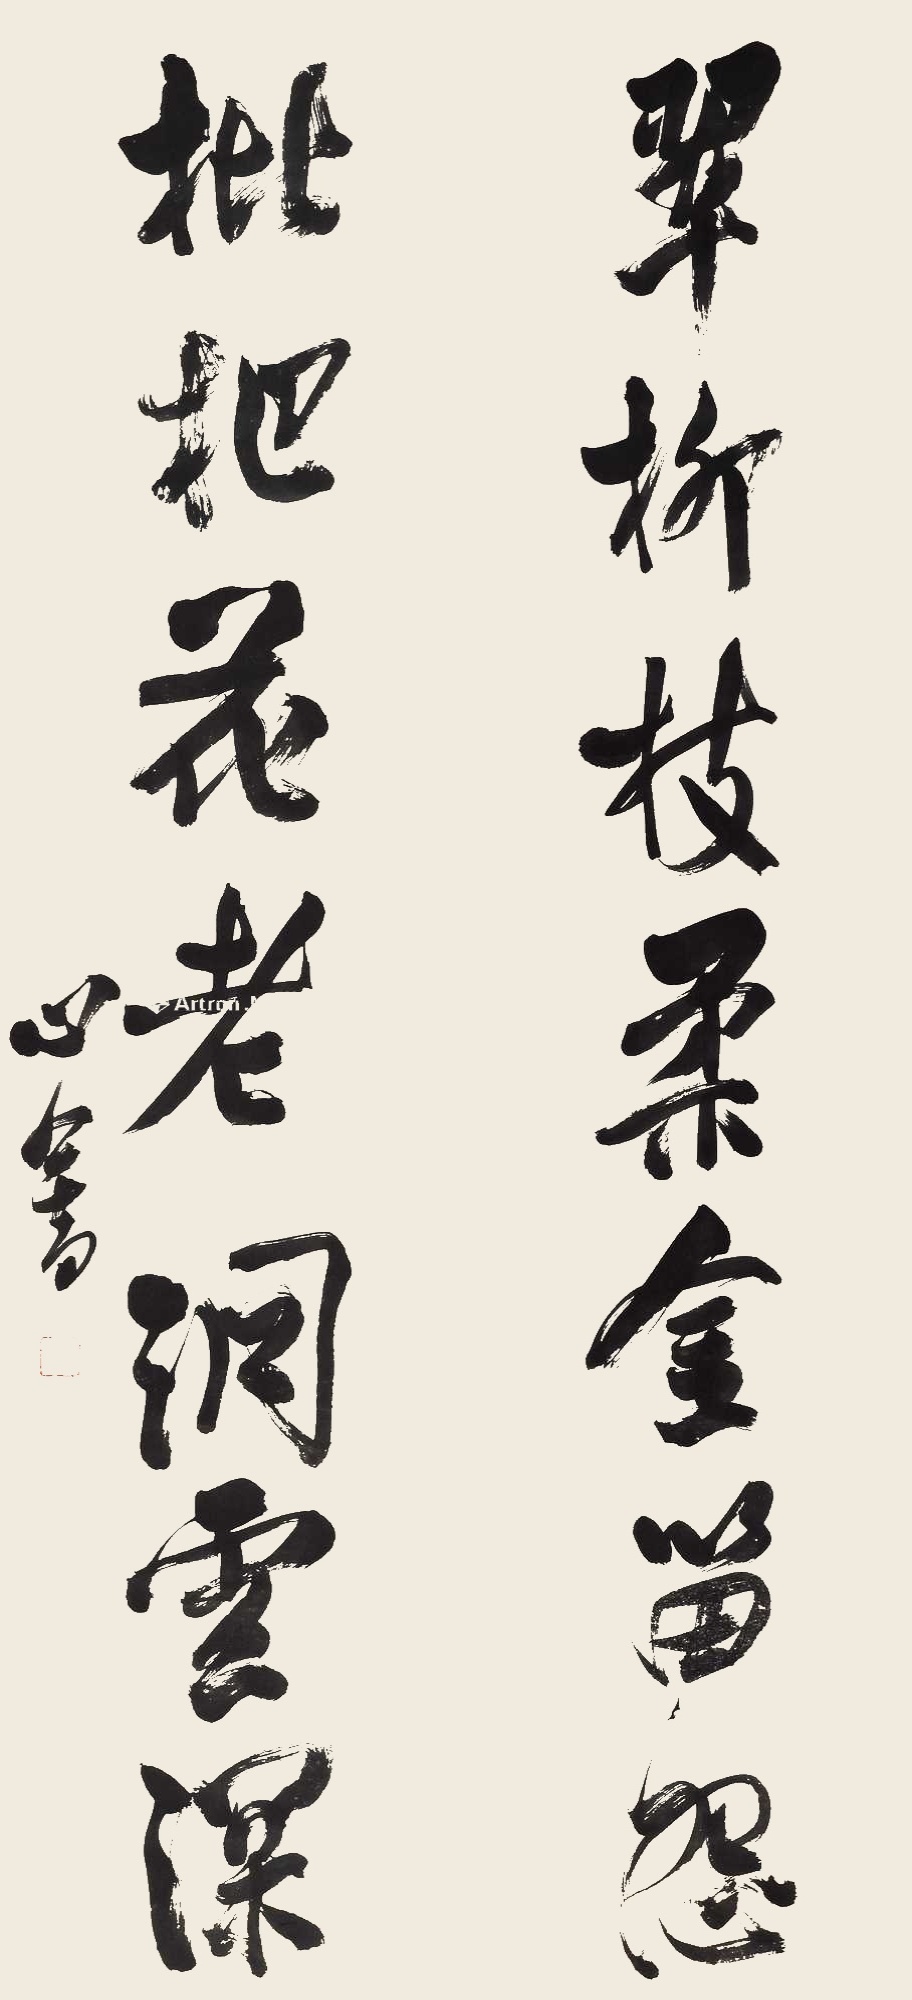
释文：翠柳枝柔金笛怨，枇杷花老洞云深。心畬。